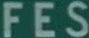
FES